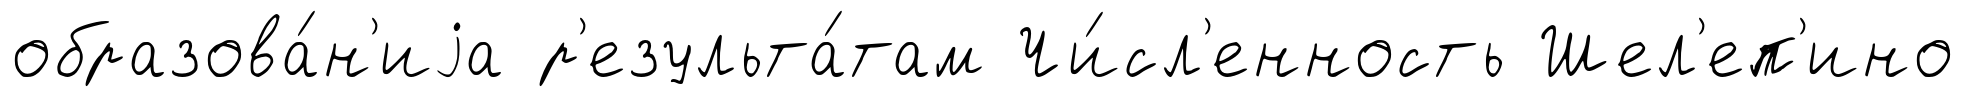
образова́н'иjа р'езульта́там Чи́сл'енность Шел'еп'ино